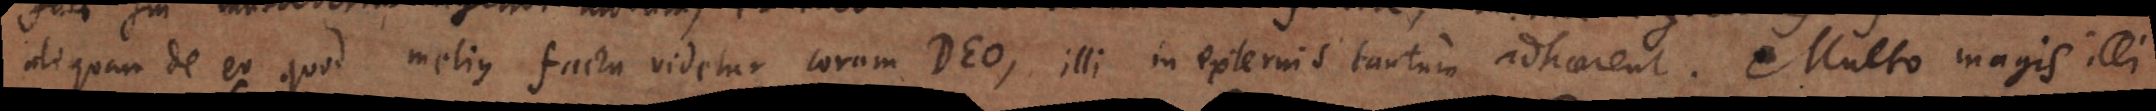
aliquam de eo quod melius factu videtur coram Deo, illi in externis tantum adhaerent. Multo magis illi